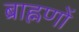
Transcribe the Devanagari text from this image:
ब्राह्नणों